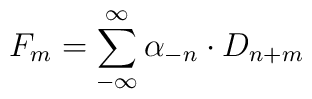
F_m= \sum^{\infty}_{-\infty}\alpha_{-n}\cdot D_{n+m}